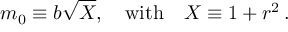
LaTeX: m _ { 0 } \equiv b \sqrt { X } , \quad \mathrm { w i t h } \quad X \equiv 1 + r ^ { 2 } \, .